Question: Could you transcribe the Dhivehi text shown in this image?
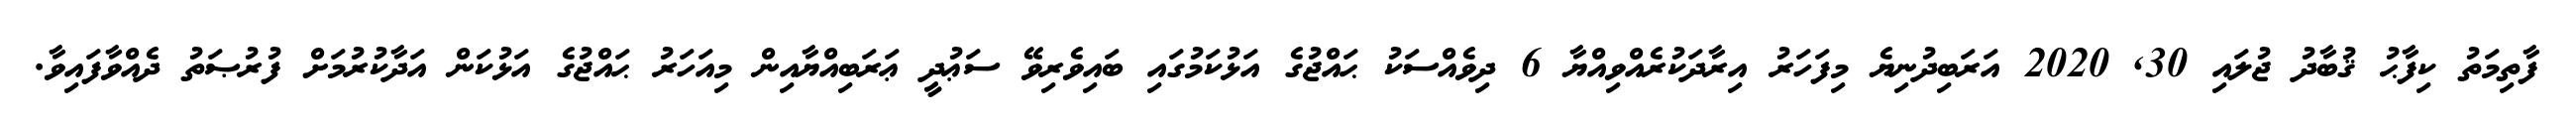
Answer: ފާތިމަތު ކިފާޙު ޤުބާދު ޖުލައި 30, 2020 އަރަބިދުނިޔެ މިފަހަރު އިރާދަކުރެއްވިއްޔާ 6 ދިވެއްސަކު ޙައްޖުގެ އަޅުކަމުގައި ބައިވެރިވޭ ސަޢުދީ ޢަރަބިއްޔާއިން މިއަހަރު ޙައްޖުގެ އަޅުކަން އަދާކުރުމަށް ފުރުޞަތު ދެއްވާފައިވާ.